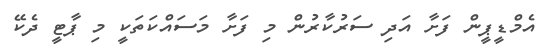
އެމްޑީޕީން ފަށާ އަދި ސަރުކާރުން މި ފަށާ މަސައްކަތަކީ މި ޕާޓީ ދެކޭ